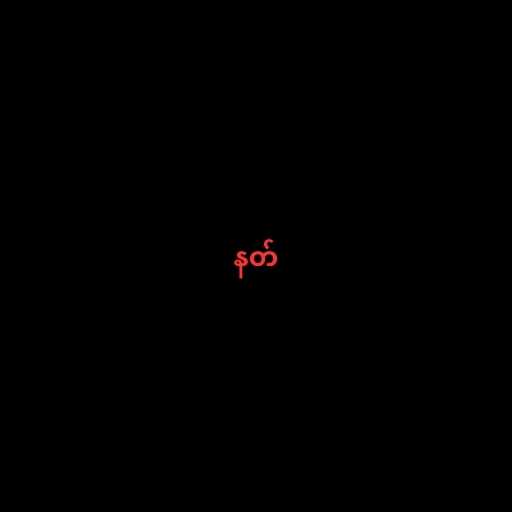
နတ်